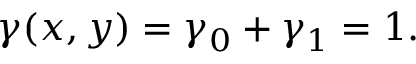
\gamma ( x , y ) = \gamma _ { 0 } + \gamma _ { 1 } = 1 .